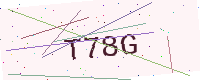
Text: T78G